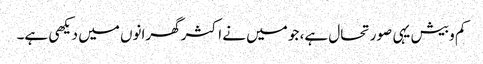
کم و بیش یہی صورتحال ہے، جو میں نے اکثر گھرانوں میں دیکھی ہے۔